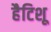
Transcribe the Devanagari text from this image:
हैटिशू